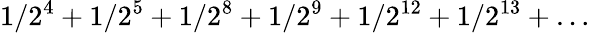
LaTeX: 1/2^{4}+1/2^{5}+1/2^{8}+1/2^{9}+1/2^{12}+1/2^{13}+\ldots